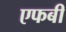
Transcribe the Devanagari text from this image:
एफबी